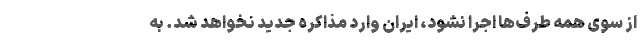
از سوی همه طرف‌ها اجرا نشود، ایران وارد مذاکره جدید نخواهد شد. به